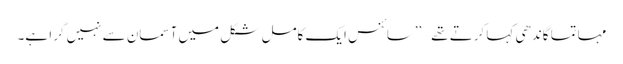
مہاتما گاندھی کہا کرتے تھے – ’’سائنس ایک کامل شکل میں آسمان سے نہیں گرا ہے۔